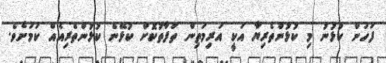
ފަހުން ކުޅުނު މި ކުޅުންތެރިޔާ އަކީ އަރިމަތިން ތަފާތުކޮށް ކުޅޭނެ ކުޅުންތެރިއެއް ކަމަށެވެ.